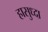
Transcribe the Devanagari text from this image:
हासुध्दा